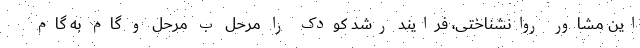
این مشاور روانشناختی، فرایند رشد کودک را مرحل ب مرحل و گام به گام